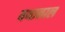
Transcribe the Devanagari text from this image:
यथाकाल